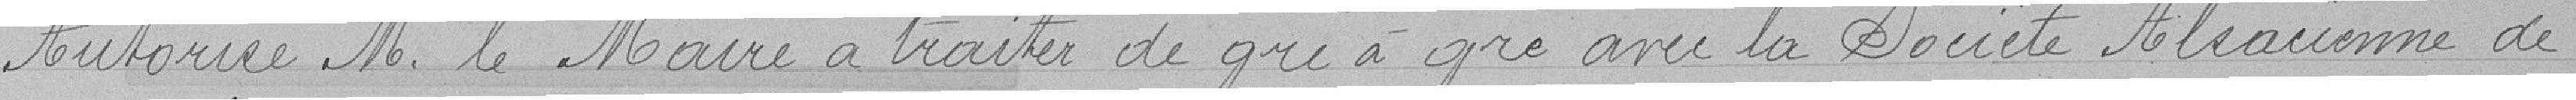
Autorise M. le Maire a traiter de gré avec la Société Alsacienne de